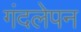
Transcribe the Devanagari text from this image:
गंदलेपन